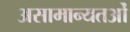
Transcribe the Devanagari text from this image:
असामान्यतओं